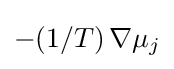
-(1/T)\,\nabla \mu _{j}